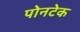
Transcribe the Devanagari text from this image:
पोनटेक